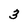
Character: 3